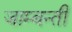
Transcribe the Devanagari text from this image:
जाम्बन्ती